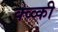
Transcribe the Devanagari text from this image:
क्व्व्की